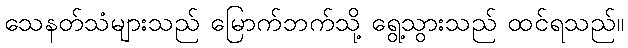
သေနတ်သံများသည် မြောက်ဘက်သို့ ရွေ့သွားသည် ထင်ရသည်။